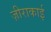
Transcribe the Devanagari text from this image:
ज़ीराकाई